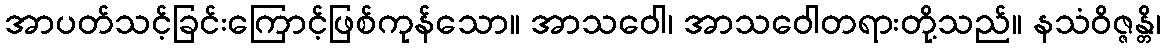
အာပတ်သင့်ခြင်းကြောင့်ဖြစ်ကုန်သော။ အာသဝေါ၊ အာသဝေါတရားတို့သည်။ နသံဝိဇ္ဇန္တိ၊